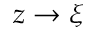
z \rightarrow \xi